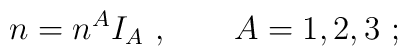
n=n^AI_A\ ,\qquad A=1,2,3\ ;